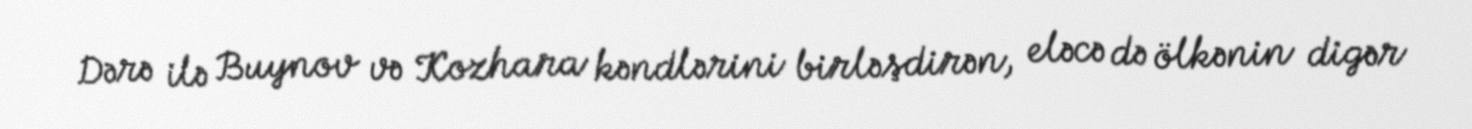
Dərə ilə Buynov və Kozhara kəndlərini birləşdirən, eləcə də ölkənin digər